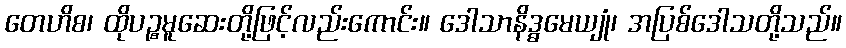
တေဟိစ၊ ထိုပဉ္စမူဆေးတို့ဖြင့်လည်းကောင်း။ ဒေါသာနိဒ္ဓမေယျုံ၊ အပြစ်ဒေါသတို့သည်။